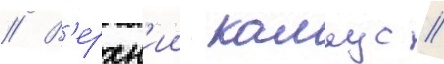
// В'ерхн'ии калаус //